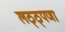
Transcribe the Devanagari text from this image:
लठ्ठ्पणा